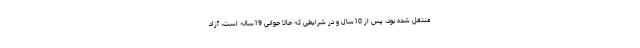
منتقل شده بود، پس از 10سال و در شرایطی که حالا جوانی 19ساله است، آزاد